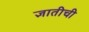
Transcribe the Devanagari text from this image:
ज्ञातीची